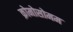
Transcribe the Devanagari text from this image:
क्रोमोसोमम